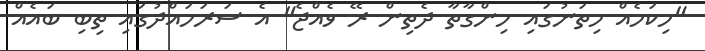
"މިކަމެއް މިތަނުގައި ހިންގާތާ ދެތިން ރޭ ވެއްޖެ" އެ ސަރަހައްދުގައި ތިބި ބައެއް